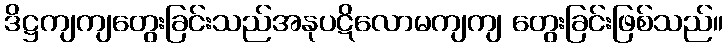
ဒိဋ္ဌကျကျတွေးခြင်းသည်အနုပဋိလောမကျကျ တွေးခြင်းဖြစ်သည်။